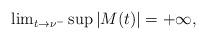
LaTeX: \begin{align*}{\lim}_{t\to\nu^{-}}\sup{|M(t)|}=+\infty,\end{align*}